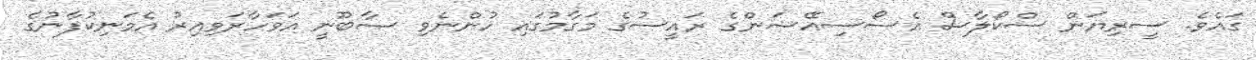
ގައެވެ. ސީރިޔަން ސްކޯލާސް އެސޯސިއޭޝަންގެ ރައީސުގެ މަގާމުގައި ހުންނެވި ޞާބޫނީ އަވަހާރަވިއިރު އެމަނިކުފާނުގެ